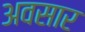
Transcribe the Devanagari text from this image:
अवसार